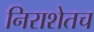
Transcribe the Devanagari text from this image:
निराशेतच